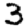
Digit: 3